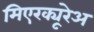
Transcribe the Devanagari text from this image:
मिएरक्यूरेअ